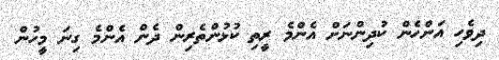
ދިވެހި އަންހެން ކުދިންނަށް އެންމެ ރީތި ކުޅުންތެރިން ދެން އެންމެ ގިނަ މީހުން